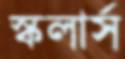
স্কলার্স